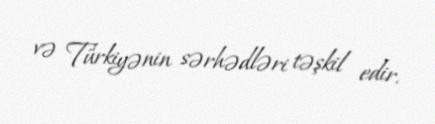
və Türkiyənin sərhədləri təşkil edir.